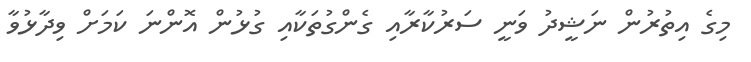
މިގެ އިތުރުން ނަޝީދު ވަނީ ސަރުކާރާއި ގެންގުތަކާއި ގުޅުން އޮންނަ ކަމަށް ވިދާޅުވާ